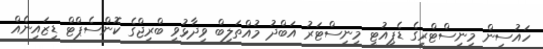
ހައުސިން މިނިސްޓްރީގެ ޑެޕިއުޓީ މިނިސްޓަރު އަބްދު މުއްތަލިބް ވިދާޅުވީ ބްރިޖްގެ ކޮންސެޕްޓް ޑިޒައިނެއް